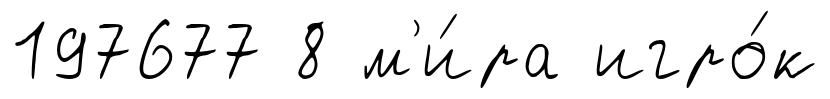
197677 8 м'и́ра игро́к